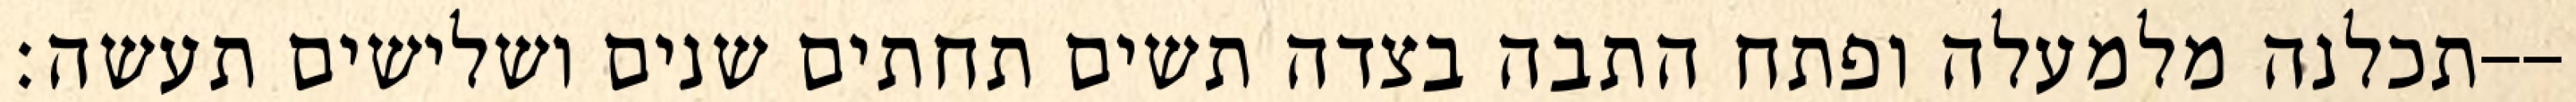
תכלנה מלמעלה ופתח התבה בצדה תשים תחתים שנים ושלישים תעשה׃--